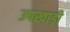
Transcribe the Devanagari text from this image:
उपखाड़ी